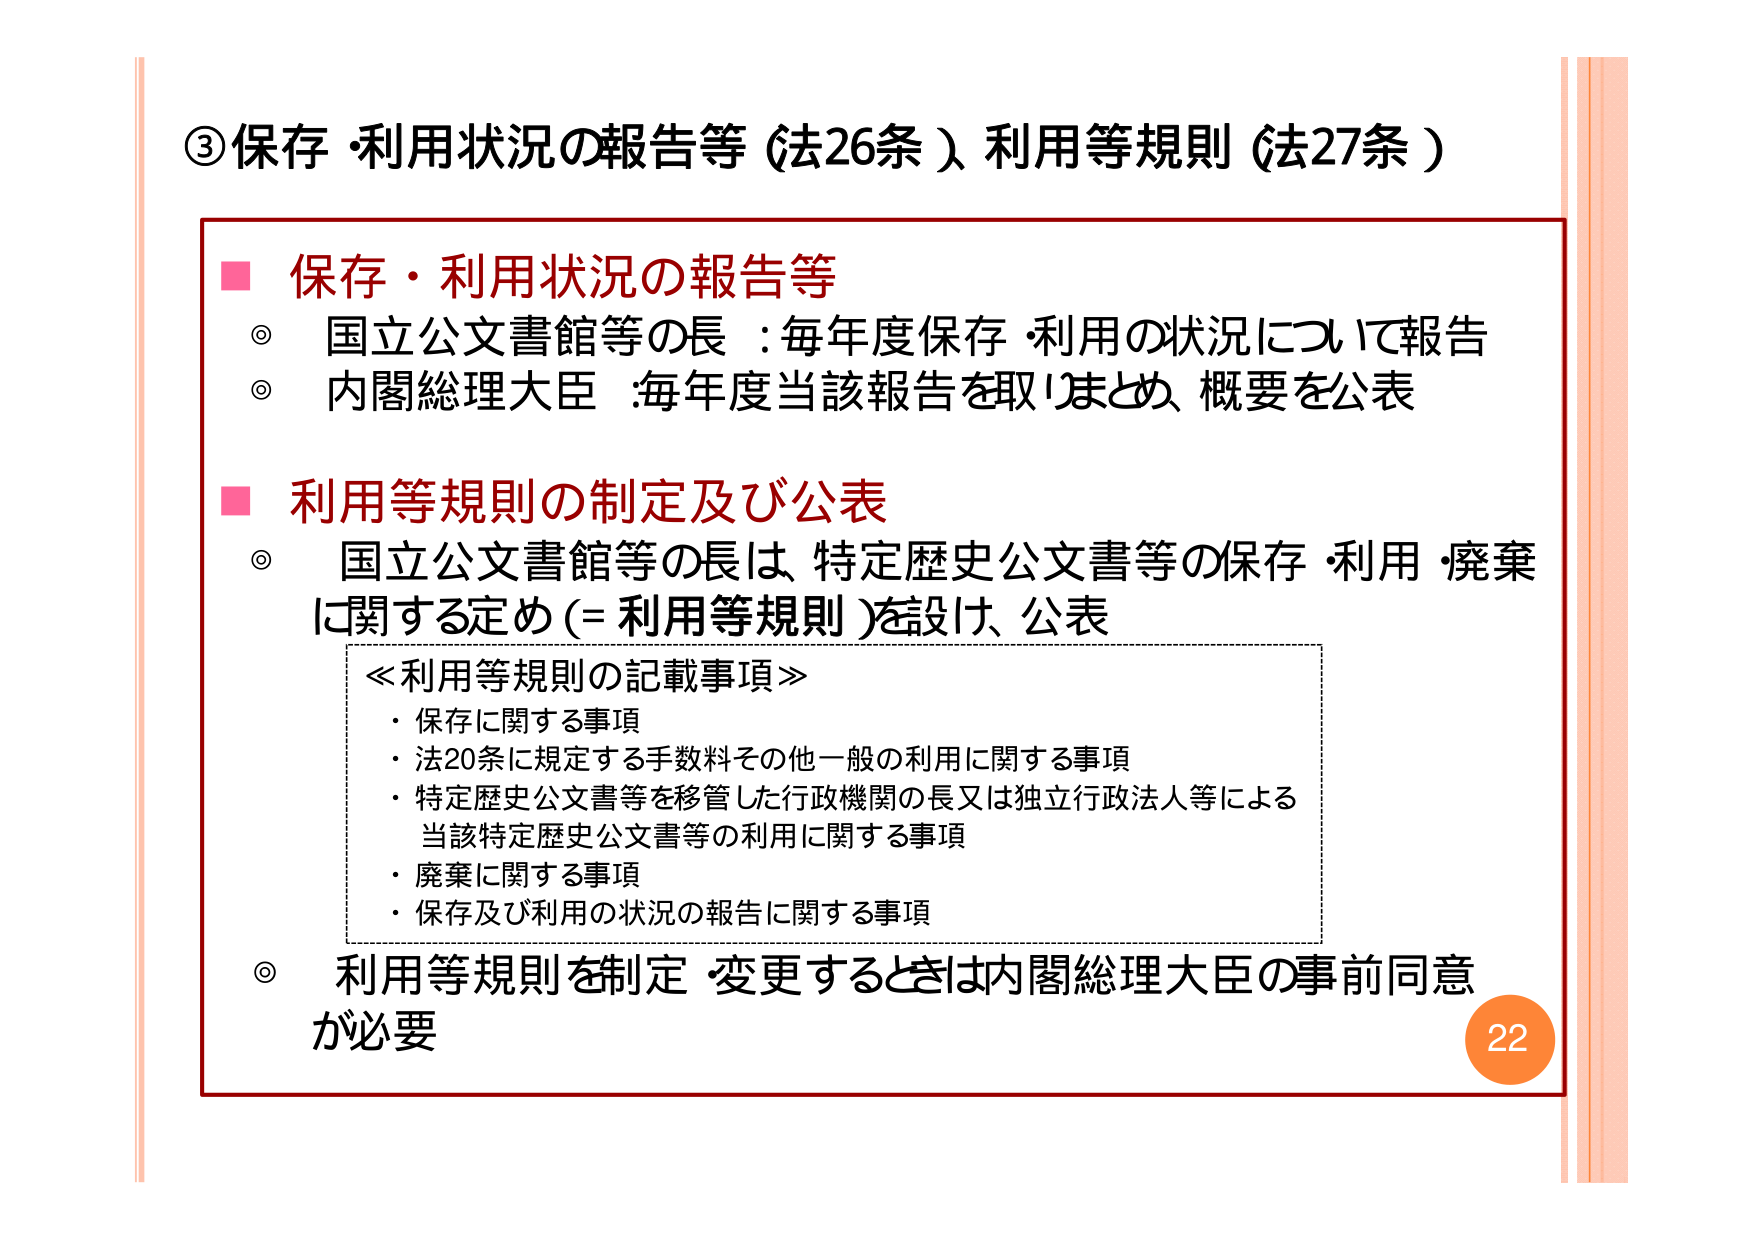
③保存・利用状況の報告等（法26条）利用等規則（法27条）

■ 保存・利用状況の報告等
◎ 国立公文書館等の長：毎年度保存・利用の状況について報告
◎ 内閣総理大臣：毎年度当該報告を取りまとめ、概要を公表

■ 利用等規則の制定及び公表
◎ 国立公文書館等の長は、特定歴史公文書等の保存・利用・廃棄に関する定め（＝利用等規則）を設け、公表

　≪利用等規則の記載事項≫
　・保存に関する事項
　・法20条に規定する手数料その他一般の利用に関する事項
　・特定歴史公文書等を移管した行政機関の長又は独立行政法人等による当該特定歴史公文書等の利用に関する事項
　・廃棄に関する事項
　・保存及び利用の状況の報告に関する事項

◎ 利用等規則を制定・変更するときは内閣総理大臣の事前同意が必要

22